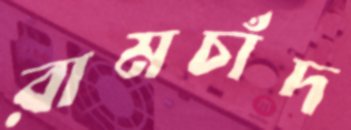
রামচাঁদ